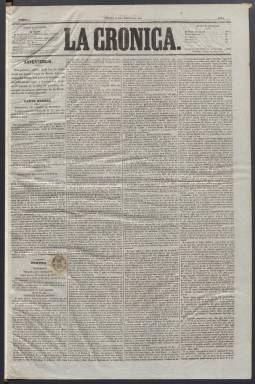
Título: La Crónica (Madrid. 1851)
Colección: Periódicos
Ámbito geográfico: Madrid
Lugar de publicación: Madrid
Fechas: 14/02/1851-29/03/1851